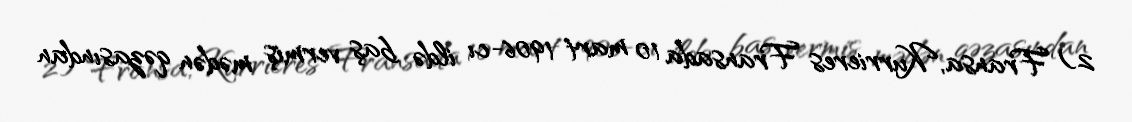
2) Fransa, Kurrieres Fransada 10 mart 1906-cı ildə baş vermiş mədən qəzasından